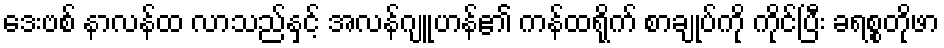
ဒေးဗစ် နာလန်ထ လာသည်နှင့် အလန်ဂျူဟန်၏ ကန်ထရိုက် စာချုပ်ကို ကိုင်ပြီး ခရစ္စတိုဖာ